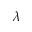
\lambda